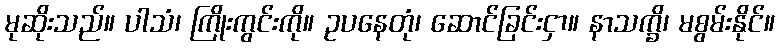
မုဆိုးသည်။ ပါသံ၊ ကြိုးကွင်းကို။ ဥပနေတုံ၊ ဆောင်ခြင်းငှာ။ နာသက္ခိ၊ မစွမ်းနိုင်။